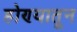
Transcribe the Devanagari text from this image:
होण्यातून